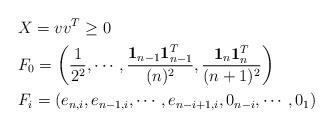
LaTeX: \begin{align*}& X = vv^T \geq 0 \\ &F_0 = \left(\frac{1}{2^2},\cdots,\frac{\mathbf 1_{n-1}\mathbf 1^T_{n-1}}{(n)^2},\frac{\mathbf 1_{n}\mathbf 1^T_{n}}{(n+1)^2}\right) \\&F_i = \left( e_{n,i } ,e_{n-1,i } ,\cdots, e_{n-i+1,i } , 0_{n-i} , \cdots , 0_{1} \right)\end{align*}